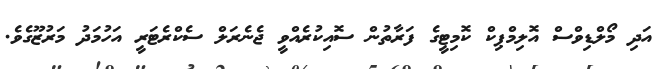
އަދި މޯލްޑިވްސް އޮލިމްޕިކް ކޮމިޓީގެ ފަރާތުން ސޮއިކުރެއްވީ ޖެނެރަލް ސެކްރެޓަރީ އަހުމަދު މަރުޒޫގެވެ.